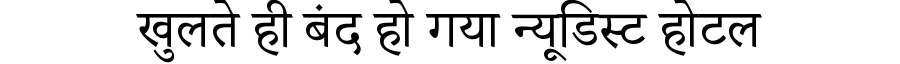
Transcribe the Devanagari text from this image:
खुलते ही बंद हो गया न्यूडिस्ट होटल